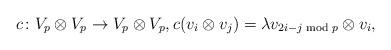
LaTeX: \begin{align*}c\colon V_p\otimes V_p\to V_p\otimes V_p,c(v_i\otimes v_j)=\lambda v_{2i-j\bmod p}\otimes v_i,\end{align*}